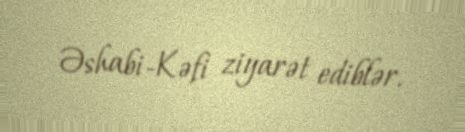
Əshabi-Kəfi ziyarət ediblər.